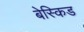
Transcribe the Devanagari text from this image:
बेस्किड